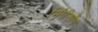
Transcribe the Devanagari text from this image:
भिंगीसोंग